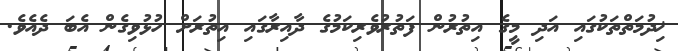
ޚިދުމަތްތަކުގައި އަދި މީގެ އިތުރުން ފަތުރުވެރިކަމުގެ ދާއިރާގައި އިތުރަށް ހުޅުވިގެން އެބަ ދެއެވެ.